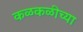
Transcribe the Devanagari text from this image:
कळकळीच्या